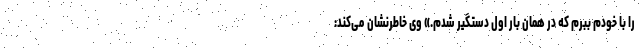
را با خودم ببرم که در همان بار اول دستگیر شدم.» وی خاطرنشان می‌کند: